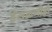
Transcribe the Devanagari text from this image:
हेटाळणीही